Report on vaccination in the Province of Bengal - 1874-1889
Year: 1874
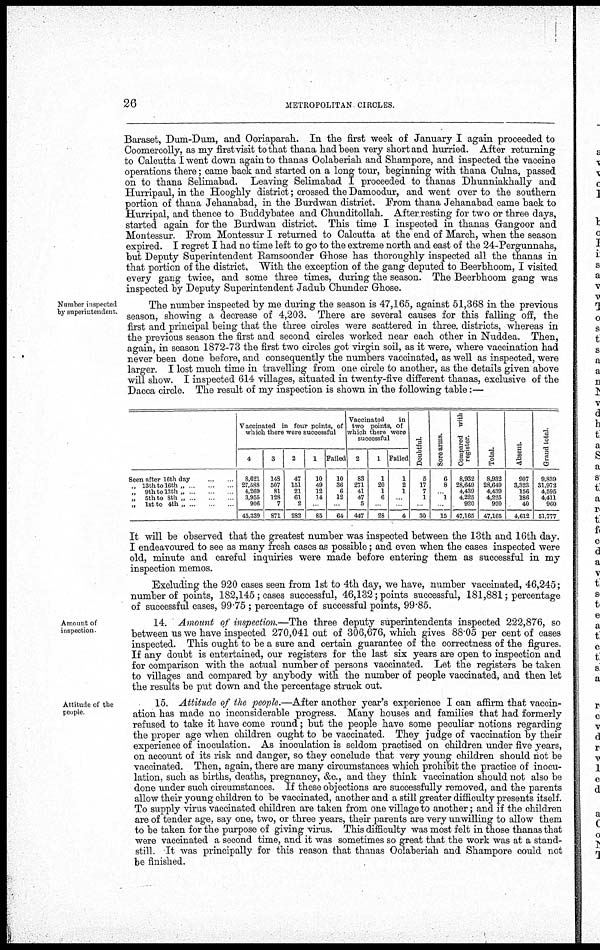
26
METROPOLITAN CIRCLES.
Baraset, Dum-Dum, and Ooriaparah. In the first week of January I again proceeded to
Coomercolly, as my first visit to that thana had been very short and hurried. After returning
to Calcutta I went down again to thanas Oolaberiah and Shampore, and inspected the vaccine
operations there; came back and started on a long tour, beginning with thana Culna, passed
on to thana Selimabad. Leaving Selimabad I proceeded to thanas Dhunniakhally and
Hurripaul, in the Hooghly district; crossed the Damoodur, and went over to the southern
portion of thana Jehanabad, in the Burdwan district. From thana Jehanabad came back to
Hurripal, and thence to Buddybatee and Chunditollah. After resting for two or three days,
started again for the Burdwan district. This time I inspected in thanas Gangoor and
Montessur. From Montessur I returned to Calcutta at the end of March, when the season
expired. I regret I had no time left to go to the extreme north and east of the 24-Pergunnahs,
but Deputy Superintendent Ramsoonder Ghose has thoroughly inspected all the thanas in
that portion of the district. With the exception of the gang deputed to Beerbhoom, I visited
every gang twice, and some three times, during the season. The Beerbhoom gang was
inspected by Deputy Superintendent Jadub Chunder Ghose.
Number inspected
by superintendent.
The number inspected by me during the season is 47,165, against 51,368 in the previous
season, showing a decrease of 4,203. There are several causes for this falling off, the
first and principal being that the three circles were scattered in three. districts, whereas in
the previous season the first and second circles worked near each other in Nuddea. Then,
again, in season 1872-73 the first two circles got virgin soil, as it were, where vaccination had
never been done before, and consequently the numbers vaccinated, as well as inspected, were
larger. I lost much time in travelling from one circle to another, as the details given above
will show. I inspected 614 villages, situated in twenty-five different thanas, exclusive of the
Dacca circle. The result of my inspection is shown in the following table:—
Seen after 16th day ... ...
„ 13th to l6th „ ... ... ...
„ 9th to 12th „ ... ... ...
„ 5th to 8th „ ... ... ...
„ 1st to 4th „ ... ... ...
Vaccinated in four points, of
which there were successful
4
8,621
27,588
4,269
3,955
906
45,339
3
148
507
81
128
7
871
2
47
151
21
61
2
282
1
10
49
12
74
...
85
Failed
10
36
6
12
...
64
Vaccinated
in
two points, of
which there were
successful
2
83
271
41
47
5
447
1
1
20
1
6
...
28
Failed
1
2
1
...
...
4
Doubtful.
5
17
7
1
...
30
Sore arms.
6
8
...
1
...
15
Compared with
register.
8,932
28,649
4,439
4,225
920
47,165
Total.
8,932
28,649
4,439
4,225
920
47,165
Absent.
907
3,323
156
186
40
4,612
Grand total.
9,839
31,972
4,595
4,411
960
51,777
It will be observed that the greatest number was inspected between the 13th and 16th day.
I endeavoured to see as many fresh cases as possible; and even when the cases inspected were
old, minute and careful inquiries were made before entering them as successful in my
inspection memos.
Excluding the 920 cases seen from 1st to 4th day, we have, number vaccinated, 46,245;
number of points, 182,145; cases successful, 46,132; points successful, 181,881; percentage
of successful cases, 99.75 ; percentage of successful points, 99.85.
Amount of
inspection.
14. Amount of inspection.—The three deputy superintendents inspected 222,876, so
between us we have inspected 270,041 out of 306,676, which gives 88.05 per cent of cases
inspected. This ought to be a sure and certain guarantee of the correctness of the figures.
If any doubt is entertained, our registers for the last six years are open to inspection and
for comparison with the actual number of persons vaccinated. Let the registers be taken
to villages and compared by anybody with the number of people vaccinated, and then let
the results be put down and the percentage struck out.
Attitude of the
people
15. Attitude of the people.—After another year's experience I can affirm that vaccin-
ation has made no inconsiderable progress. Many houses and families that had formerly
refused to take it have come round; but the people have some peculiar notions regarding
the proper age when children ought to be vaccinated. They judge of vaccination by their
experience of inoculation. As inoculation is seldom practised on children under five years,
on account of its risk and danger, so they conclude that very young children should not be
vaccinated. Then, again, there are many circumstances which prohibit the practice of inocu-
lation, such as births, deaths, pregnancy, &c., and they think vaccination should not also be
done under such circumstances. If these objections are successfully removed, and the parents
allow their young children to be vaccinated, another and a still greater difficulty presents itself.
To supply virus vaccinated children are taken from one village to another; and if the children
are of tender age, say one, two, or three years, their parents are very unwilling to allow them
to be taken for the purpose of giving virus. This difficulty was most felt in those thanas that
were vaccinated a second time, and it was sometimes so great that the work was at a stand-
still. It was principally for this reason that thanas Oolaberiah and Shampore could not
be finished.